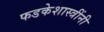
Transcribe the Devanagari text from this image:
फडकेशास्त्रींनी